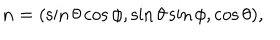
{ \bf n } = ( \sin \theta \cos \phi , \sin \theta \sin \phi , \cos \theta ) ,